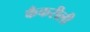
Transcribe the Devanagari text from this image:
कँकरीली